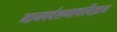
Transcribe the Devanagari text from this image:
मानववंशभाषाविज्ञान